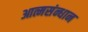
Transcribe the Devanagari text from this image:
आत्मसंन्धान